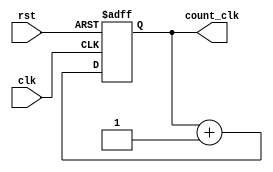
`timescale 1ns/1ns
module count_9(input clk,rst,output reg[9:0] count_clk);
 always@(posedge clk,posedge rst) begin:count_up
 if(rst)
   count_clk<=8'b00000000;
 else
   count_clk<=count_clk+1;
 end   
endmodule